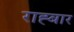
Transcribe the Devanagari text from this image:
राह्बार